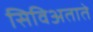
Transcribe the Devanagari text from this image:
सिविअताते